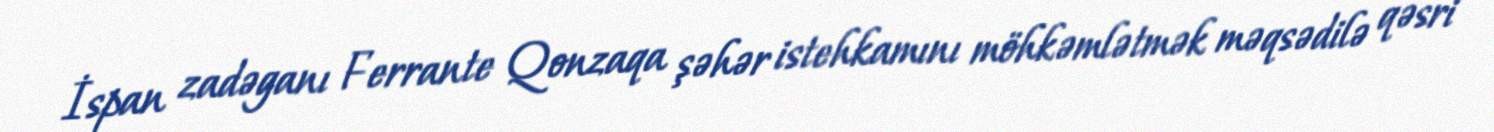
İspan zadəganı Ferrante Qonzaqa şəhər istehkamını möhkəmlətmək məqsədilə qəsri